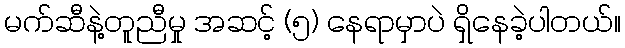
မက်ဆီနဲ့တူညီမှု အဆင့် (၅) နေရာမှာပဲ ရှိနေခဲ့ပါတယ်။